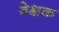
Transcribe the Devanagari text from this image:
वेक्षक